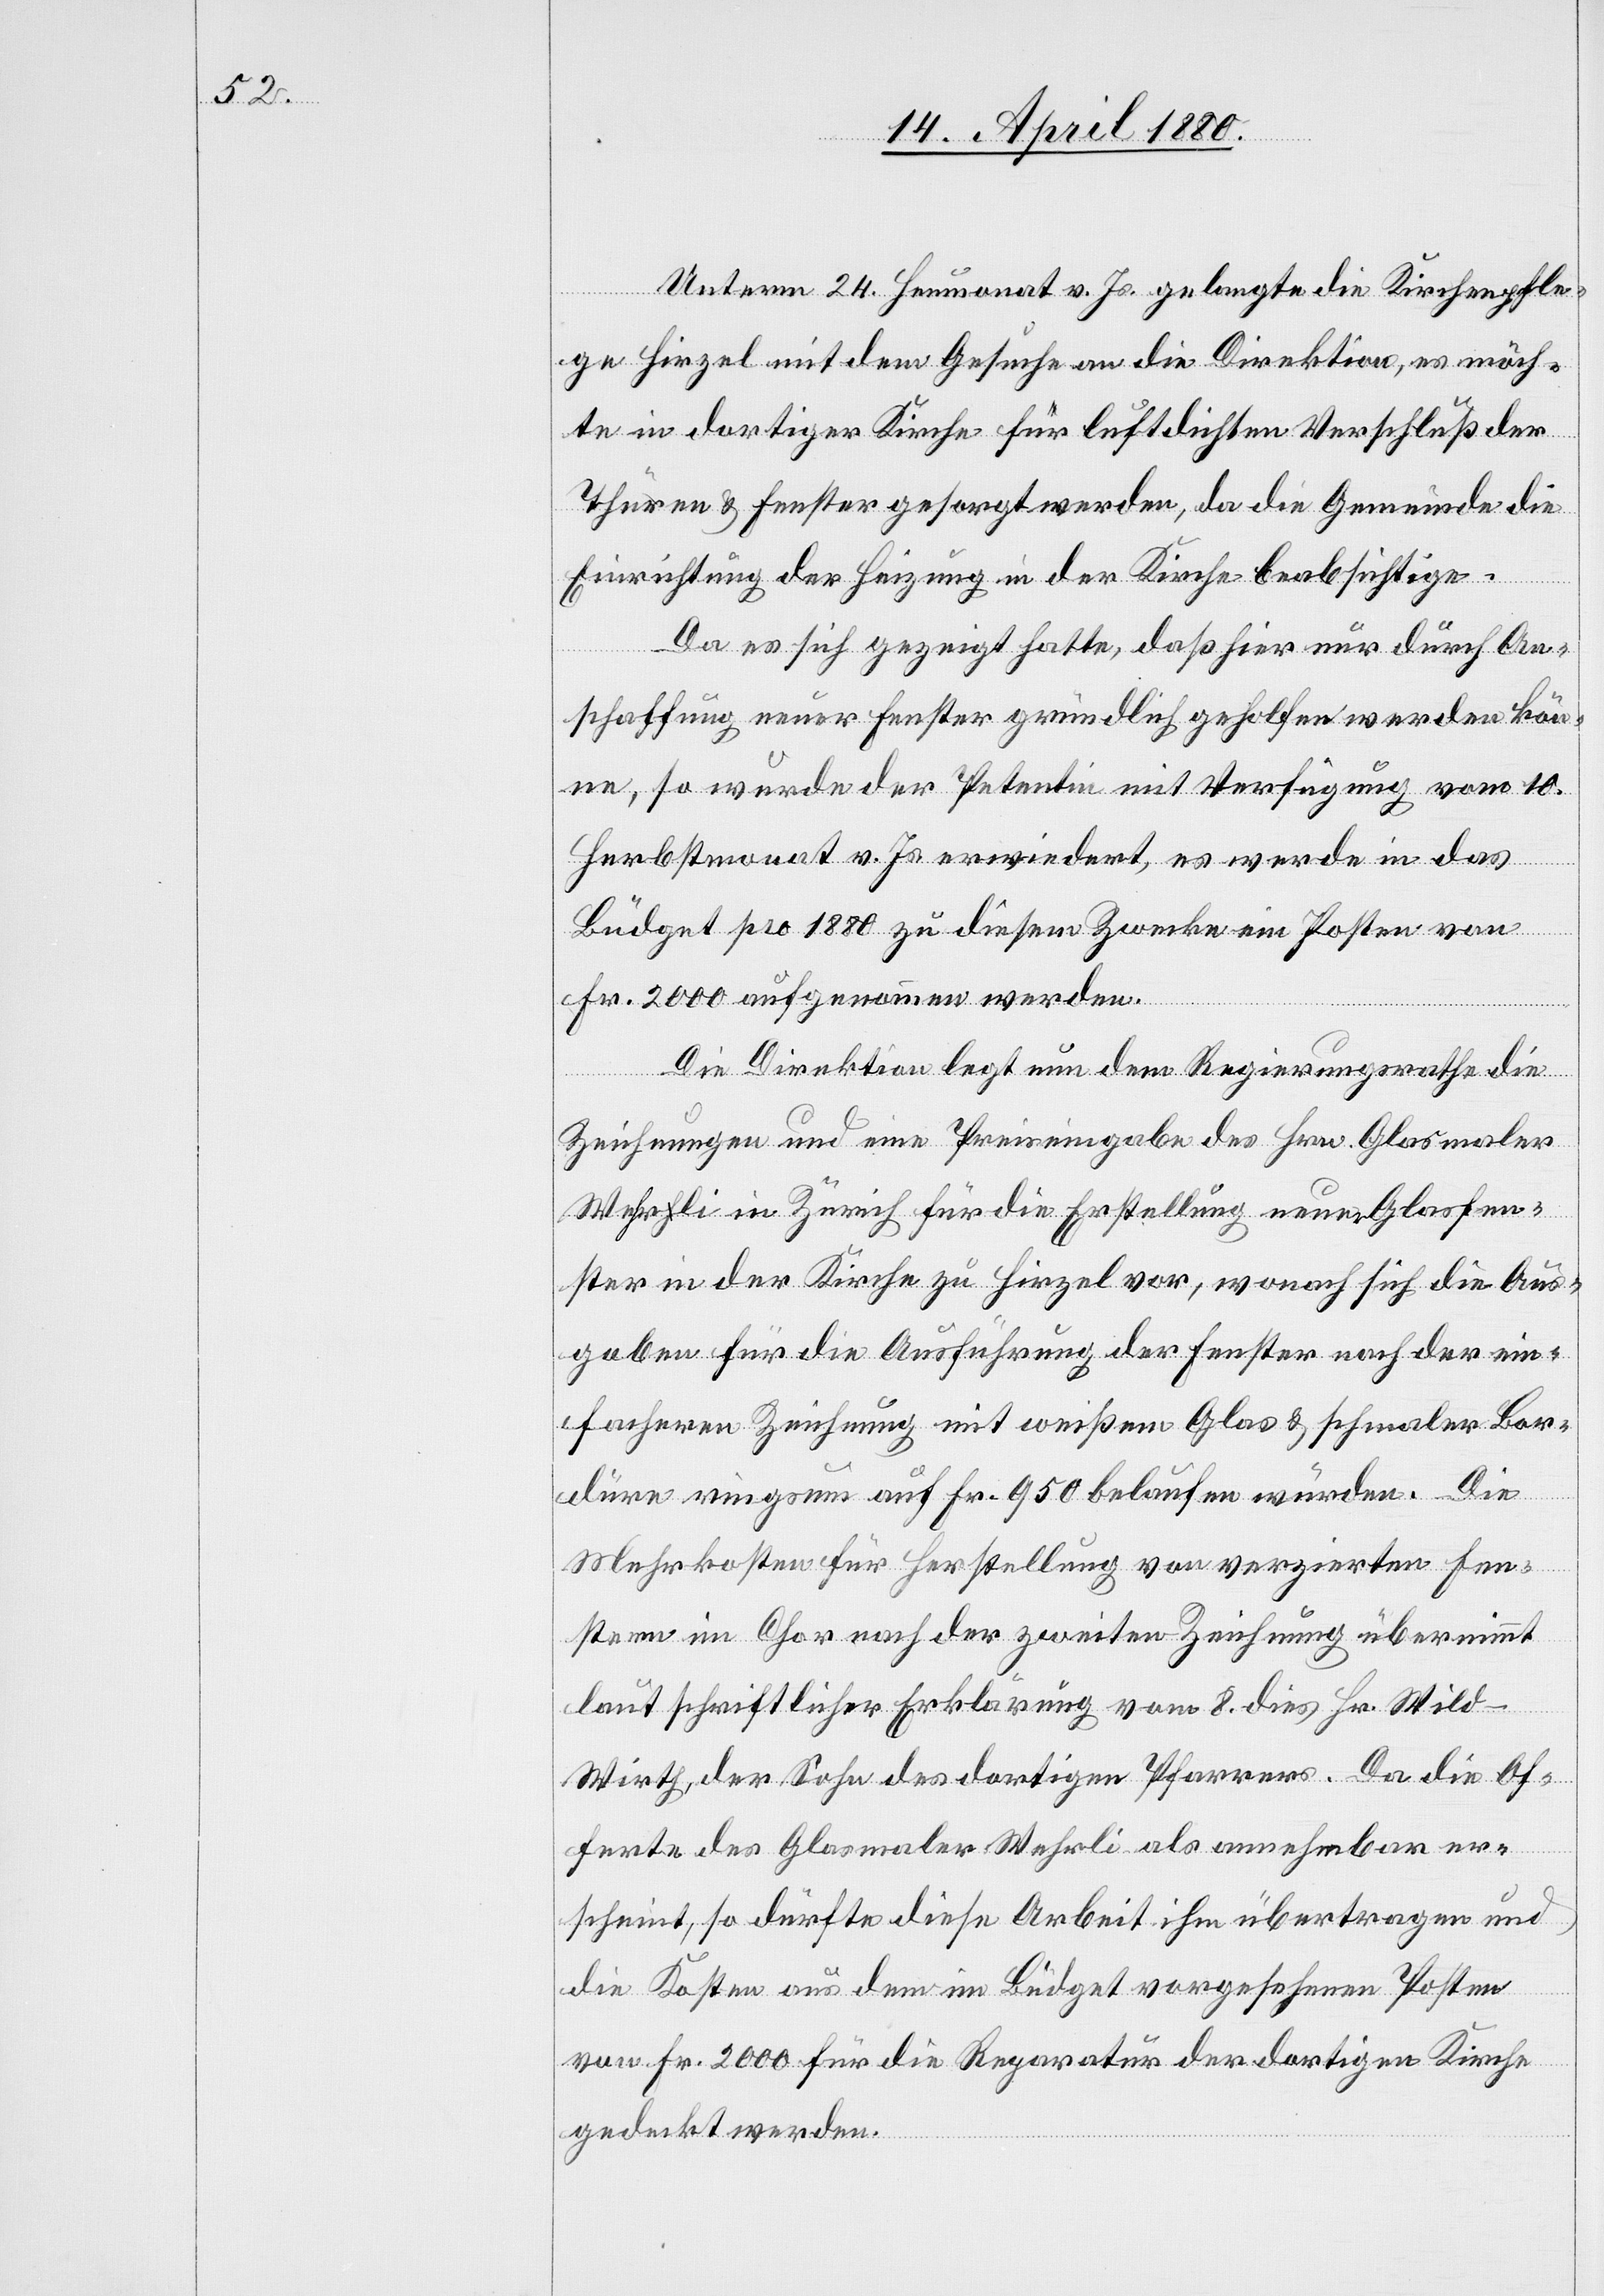
Unterm 24. Heumonat v. Js. gelangte die Kirchenpfle¬
ge Hirzel mit dem Gesuche an die Direktion, es möch¬
te in dortiger Kirche für luftdichten Verschluß der
Thüren & Fenster gesorgt werden, da die Gemeinde die
Einrichtung der Heizung in der Kirche beabsichtige.
Da es sich gezeigt hatte, daß hier nur durch An¬
schaffung neuer Fenster gründlich geholfen werden kön¬
ne, so wurde der Petentin mit Verfügung vom 10.
Herbstmonat v. Js. erwiedert, es werde in das
Büdget pro 1880 zu diesem Zwecke ein Posten von
Fr. 2000 aufgenommen werden.
Die Direktion legt nun dem Regierungsrathe die
Zeichnungen und eine Preiseingabe des Hrn. Glasmaler
Wehrli in Zürich für die Erstellung neuer Glasfen¬
ster in der Kirche zu Hirzel vor, wonach sich die Aus¬
gaben für die Ausführung der Fenster nach der ein¬
facheren Zeichnung mit weißem Glas & schmaler Bor¬
düre ringsum auf Fr. 950 belaufen würden. Die
Mehrkosten für Herstellung von verzierten Fen¬
stern im Chor nach der zweiten Zeichnung übernimmt
laut schriftlicher Erklärung vom 8. dies Hr. Wil¬
d-Wirth, der Sohn des dortigen Pfarrers. Da die Of¬
ferte des Glasmaler Wehrli als annehmbar er¬
scheint, so dürfte diese Arbeit ihm übertragen und
die Kosten aus dem im Büdget vorgesehenen Posten
von Fr. 2000 für die Reparatur der dortigen Kirche
gedeckt werden.